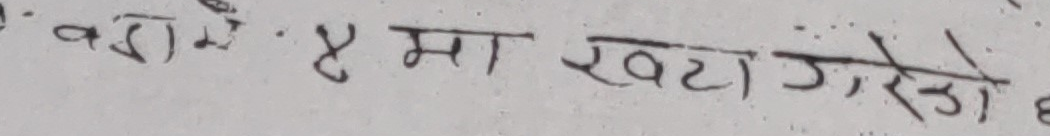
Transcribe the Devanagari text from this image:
वरामे ४ मा खटा गरेको